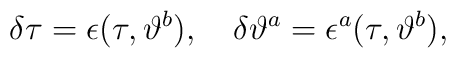
\delta \tau = \epsilon(\tau,\vartheta^b),\quad\delta \vartheta^a = \epsilon^a(\tau,\vartheta^b),